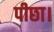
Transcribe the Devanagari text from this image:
पीछा।